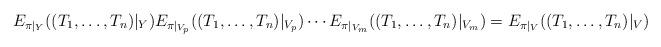
LaTeX: \begin{align*}E_{\pi|_{Y}}((T_1, \ldots, T_n)|_{Y})E_{\pi|_{V_{p}}}((T_1, \ldots, T_n)|_{V_{p}}) \cdots E_{\pi|_{V_m}}((T_1, \ldots, T_n)|_{V_m}) = E_{\pi|_{V}}((T_1,\ldots, T_n)|_{V})\end{align*}